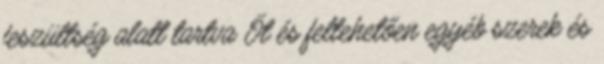
feszültség alatt tartva Őt és feltehetően egyéb szerek és